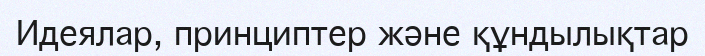
Идеялар, принциптер және құндылықтар